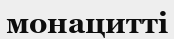
монацитті